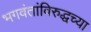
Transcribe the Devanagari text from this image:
भगवंतांविरुद्धच्या